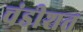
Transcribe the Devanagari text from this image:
चंडीशत